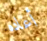
أعاده